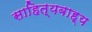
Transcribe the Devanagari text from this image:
साहित्यबाह्य